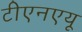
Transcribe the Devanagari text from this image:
टीएनएयू